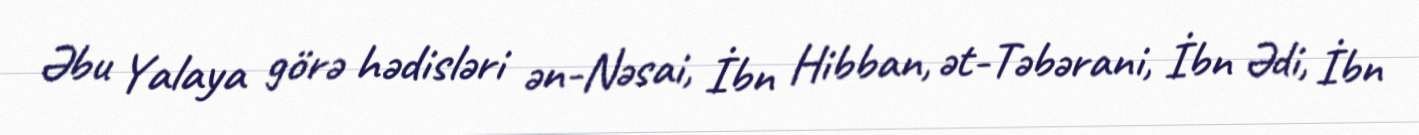
Əbu Yalaya görə hədisləri ən-Nəsai, İbn Hibban, ət-Təbərani, İbn Ədi, İbn